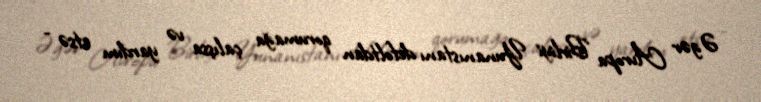
Əgər Avropa Birliyi Yunanıstanı defoltdan qorumağa çalışsa və yardım etsə -